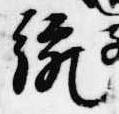
統